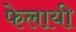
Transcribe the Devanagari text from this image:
फेलायी